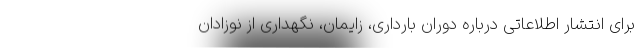
برای انتشار اطلاعاتی درباره دوران بارداری، زایمان، نگهداری از نوزادان